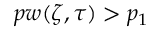
p w ( \zeta , \tau ) > p _ { 1 }